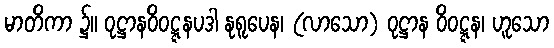
မာတိကာ ၌။ ဝုဋ္ဌာနဝိဝဋ္ဋနပဒါ နုရူပေန၊ (လာသော) ဝုဋ္ဌာန ဝိဝဋ္ဋန၊ ဟူသော